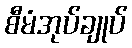
စီမံအုပ်ချုပ်